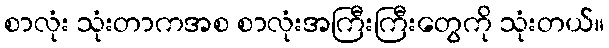
စာလုံး သုံးတာကအစ စာလုံးအကြီးကြီးတွေကို သုံးတယ်။